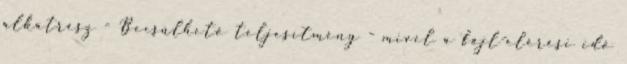
alkatrész - Becsülhető teljesítmény - mivel a fájl-elérési idő